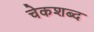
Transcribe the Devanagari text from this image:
चेकशब्द